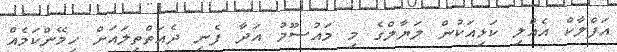
އަފްލާކް އެއްލި ކަޅިއަކުން ލަޔާލްގެ މި މައުސޫމު އަދާ ފެނި ދެއަތްތިލައަށް ހިމޭންކަމެއް